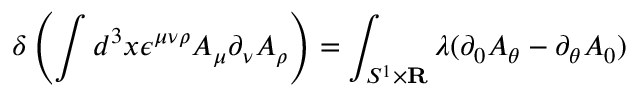
\delta \left( \int d ^ { 3 } x \epsilon ^ { \mu \nu \rho } A _ { \mu } \partial _ { \nu } A _ { \rho } \right) = \int _ { S ^ { 1 } \times { \bf R } } \lambda ( \partial _ { 0 } A _ { \theta } - \partial _ { \theta } A _ { 0 } )